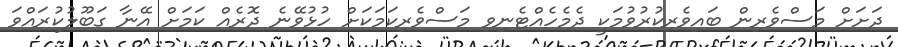
ދަށަށް މަސްވެރިން ބައިވެރިކުރުވުމަކީ ދެމެހެއްޓެނިވި މަސްވެރިކަމަކަށް ހުޅުވޭނެ ދޮރެއް ކަމަށް އޭނާ ގަބޫލުކުރައްވަ